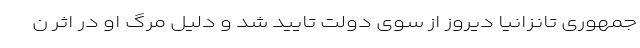
جمهوری تانزانیا دیروز از سوی دولت تایید شد و دلیل مرگ او در اثر ن